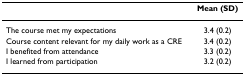
<table><thead><tr><td></td><td><b>Mean (SD)</b></td></tr></thead><tbody><tr><td>The course met my expectations</td><td>3.4 (0.2)</td></tr><tr><td>Course content relevant for my daily work as a CRE</td><td>3.4 (0.2)</td></tr><tr><td>I benefited from attendance</td><td>3.3 (0.2)</td></tr><tr><td>I learned from participation</td><td>3.2 (0.2)</td></tr></tbody></table>